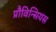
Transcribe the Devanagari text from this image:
प्रौविन्सियस